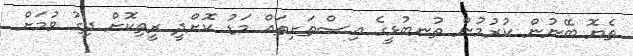
ތެޔޮ ބޭނުން ކުރުމުން ތުނބުޅީގެ އިސްތަށިތައް މަޑު ކޮށްދީ ރީތިކޮށް ދިގު ވުމަށް